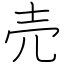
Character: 売